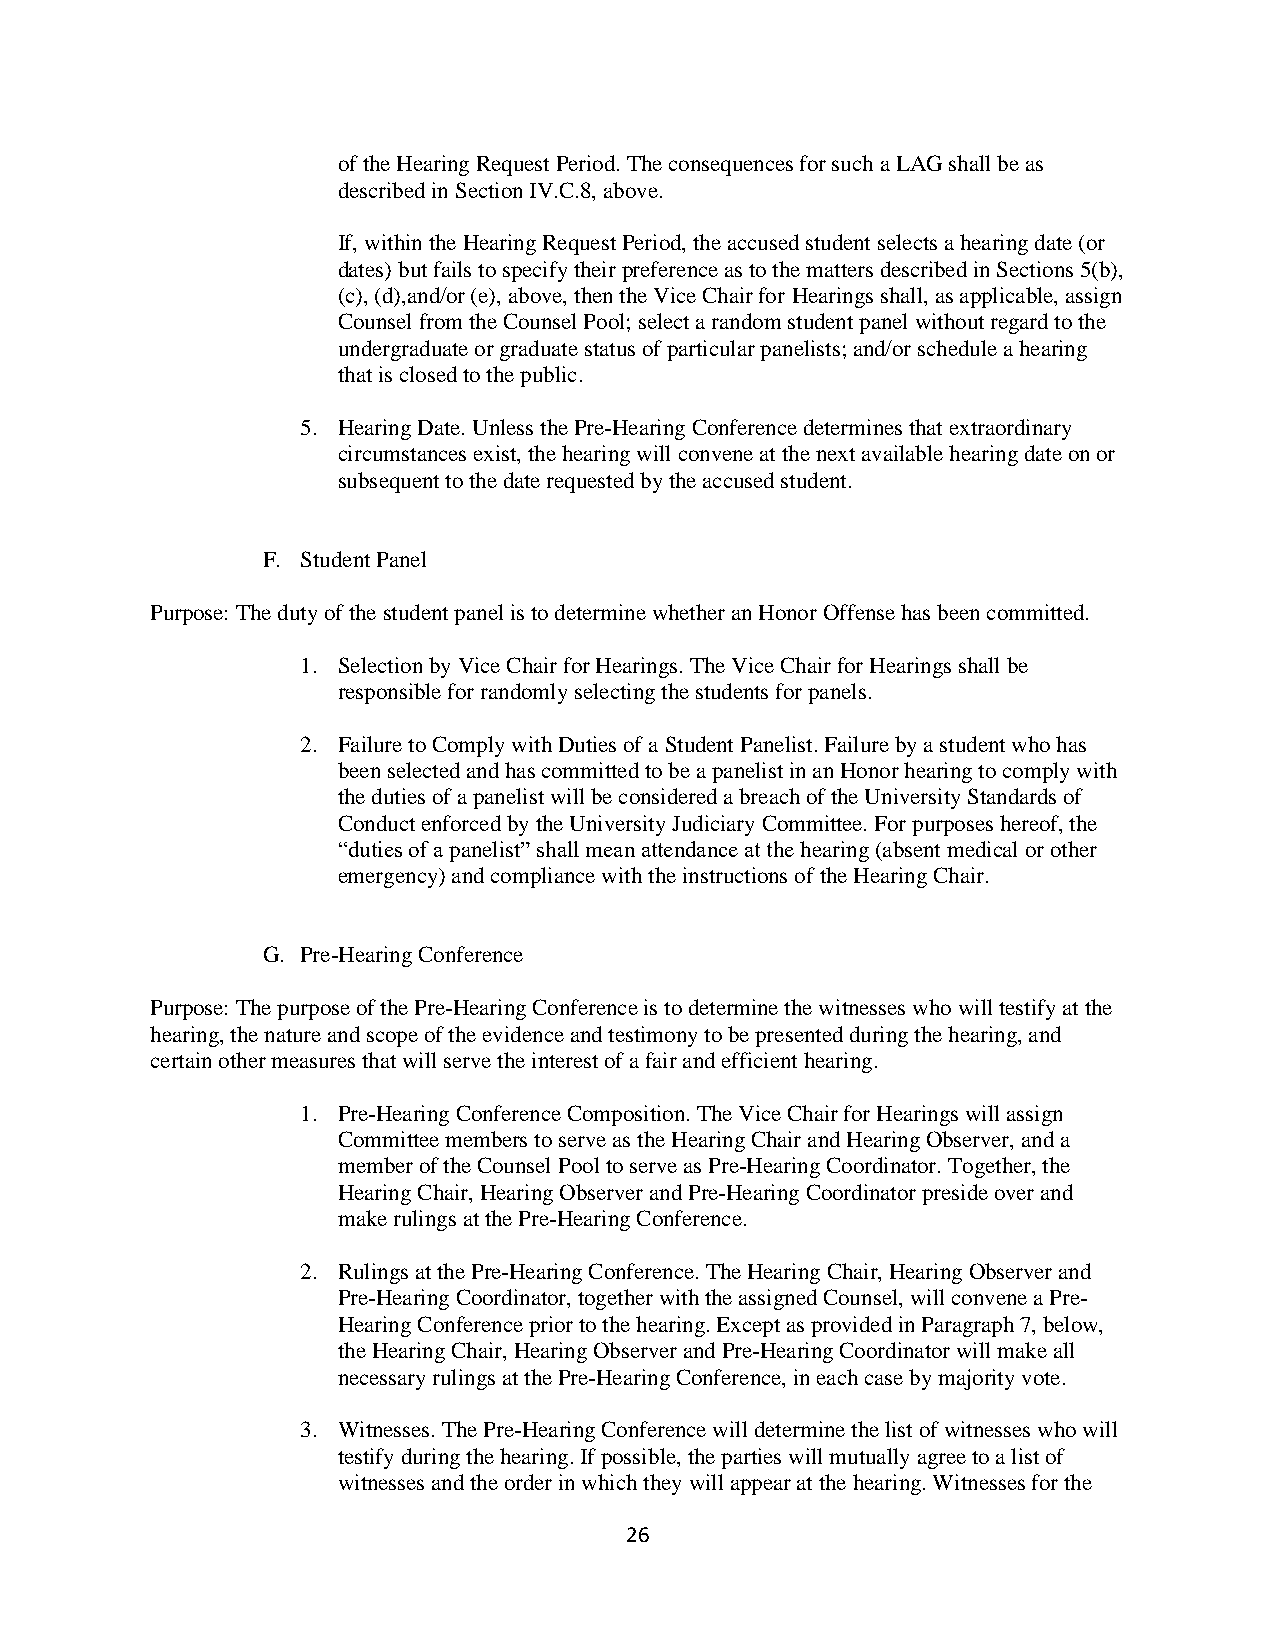
of the Hearing Request Period. The consequences for such a LAG shall be as
 described in Section IV.C.8, above.
 If, within the Hearing Request Period, the accused student selects a hearing date (or
 dates) but fails to specify their preference as to the matters described in Sections 5(b),
 (c), (d),and/or (e), above, then the Vice Chair for Hearings shall, as applicable, assign
 Counsel from the Counsel Pool; select a random student panel without regard to the
 undergraduate or graduate status of particular panelists; and/or schedule a hearing
 that is closed to the public.
 5. Hearing Date. Unless the Pre-Hearing Conference determines that extraordinary
 circumstances exist, the hearing will convene at the next available hearing date on or
 subsequent to the date requested by the accused student.
 F. Student Panel
 Purpose: The duty of the student panel is to determine whether an Honor Offense has been committed.
 1. Selection by Vice Chair for Hearings. The Vice Chair for Hearings shall be
 responsible for randomly selecting the students for panels.
 2. Failure to Comply with Duties of a Student Panelist. Failure by a student who has
 been selected and has committed to be a panelist in an Honor hearing to comply with
 the duties of a panelist will be considered a breach of the University Standards of
 Conduct enforced by the University Judiciary Committee. For purposes hereof, the
 “duties of a panelist” shall mean attendance at the hearing (absent medical or other
 emergency) and compliance with the instructions of the Hearing Chair.
 G. Pre-Hearing Conference
 Purpose: The purpose of the Pre-Hearing Conference is to determine the witnesses who will testify at the
 hearing, the nature and scope of the evidence and testimony to be presented during the hearing, and
 certain other measures that will serve the interest of a fair and efficient hearing.
 1. Pre-Hearing Conference Composition. The Vice Chair for Hearings will assign
 Committee members to serve as the Hearing Chair and Hearing Observer, and a
 member of the Counsel Pool to serve as Pre-Hearing Coordinator. Together, the
 Hearing Chair, Hearing Observer and Pre-Hearing Coordinator preside over and
 make rulings at the Pre-Hearing Conference.
 2. Rulings at the Pre-Hearing Conference. The Hearing Chair, Hearing Observer and
 Pre-Hearing Coordinator, together with the assigned Counsel, will convene a Pre-
 Hearing Conference prior to the hearing. Except as provided in Paragraph 7, below,
 the Hearing Chair, Hearing Observer and Pre-Hearing Coordinator will make all
 necessary rulings at the Pre-Hearing Conference, in each case by majority vote.
 3. Witnesses. The Pre-Hearing Conference will determine the list of witnesses who will
 testify during the hearing. If possible, the parties will mutually agree to a list of
 witnesses and the order in which they will appear at the hearing. Witnesses for the
 26